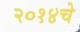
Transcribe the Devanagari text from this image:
२०१४चे